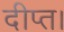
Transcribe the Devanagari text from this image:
दीप्त।